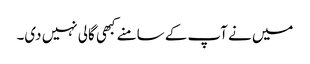
میں نے آپ کے سامنے کبھی گالی نہیں دی۔